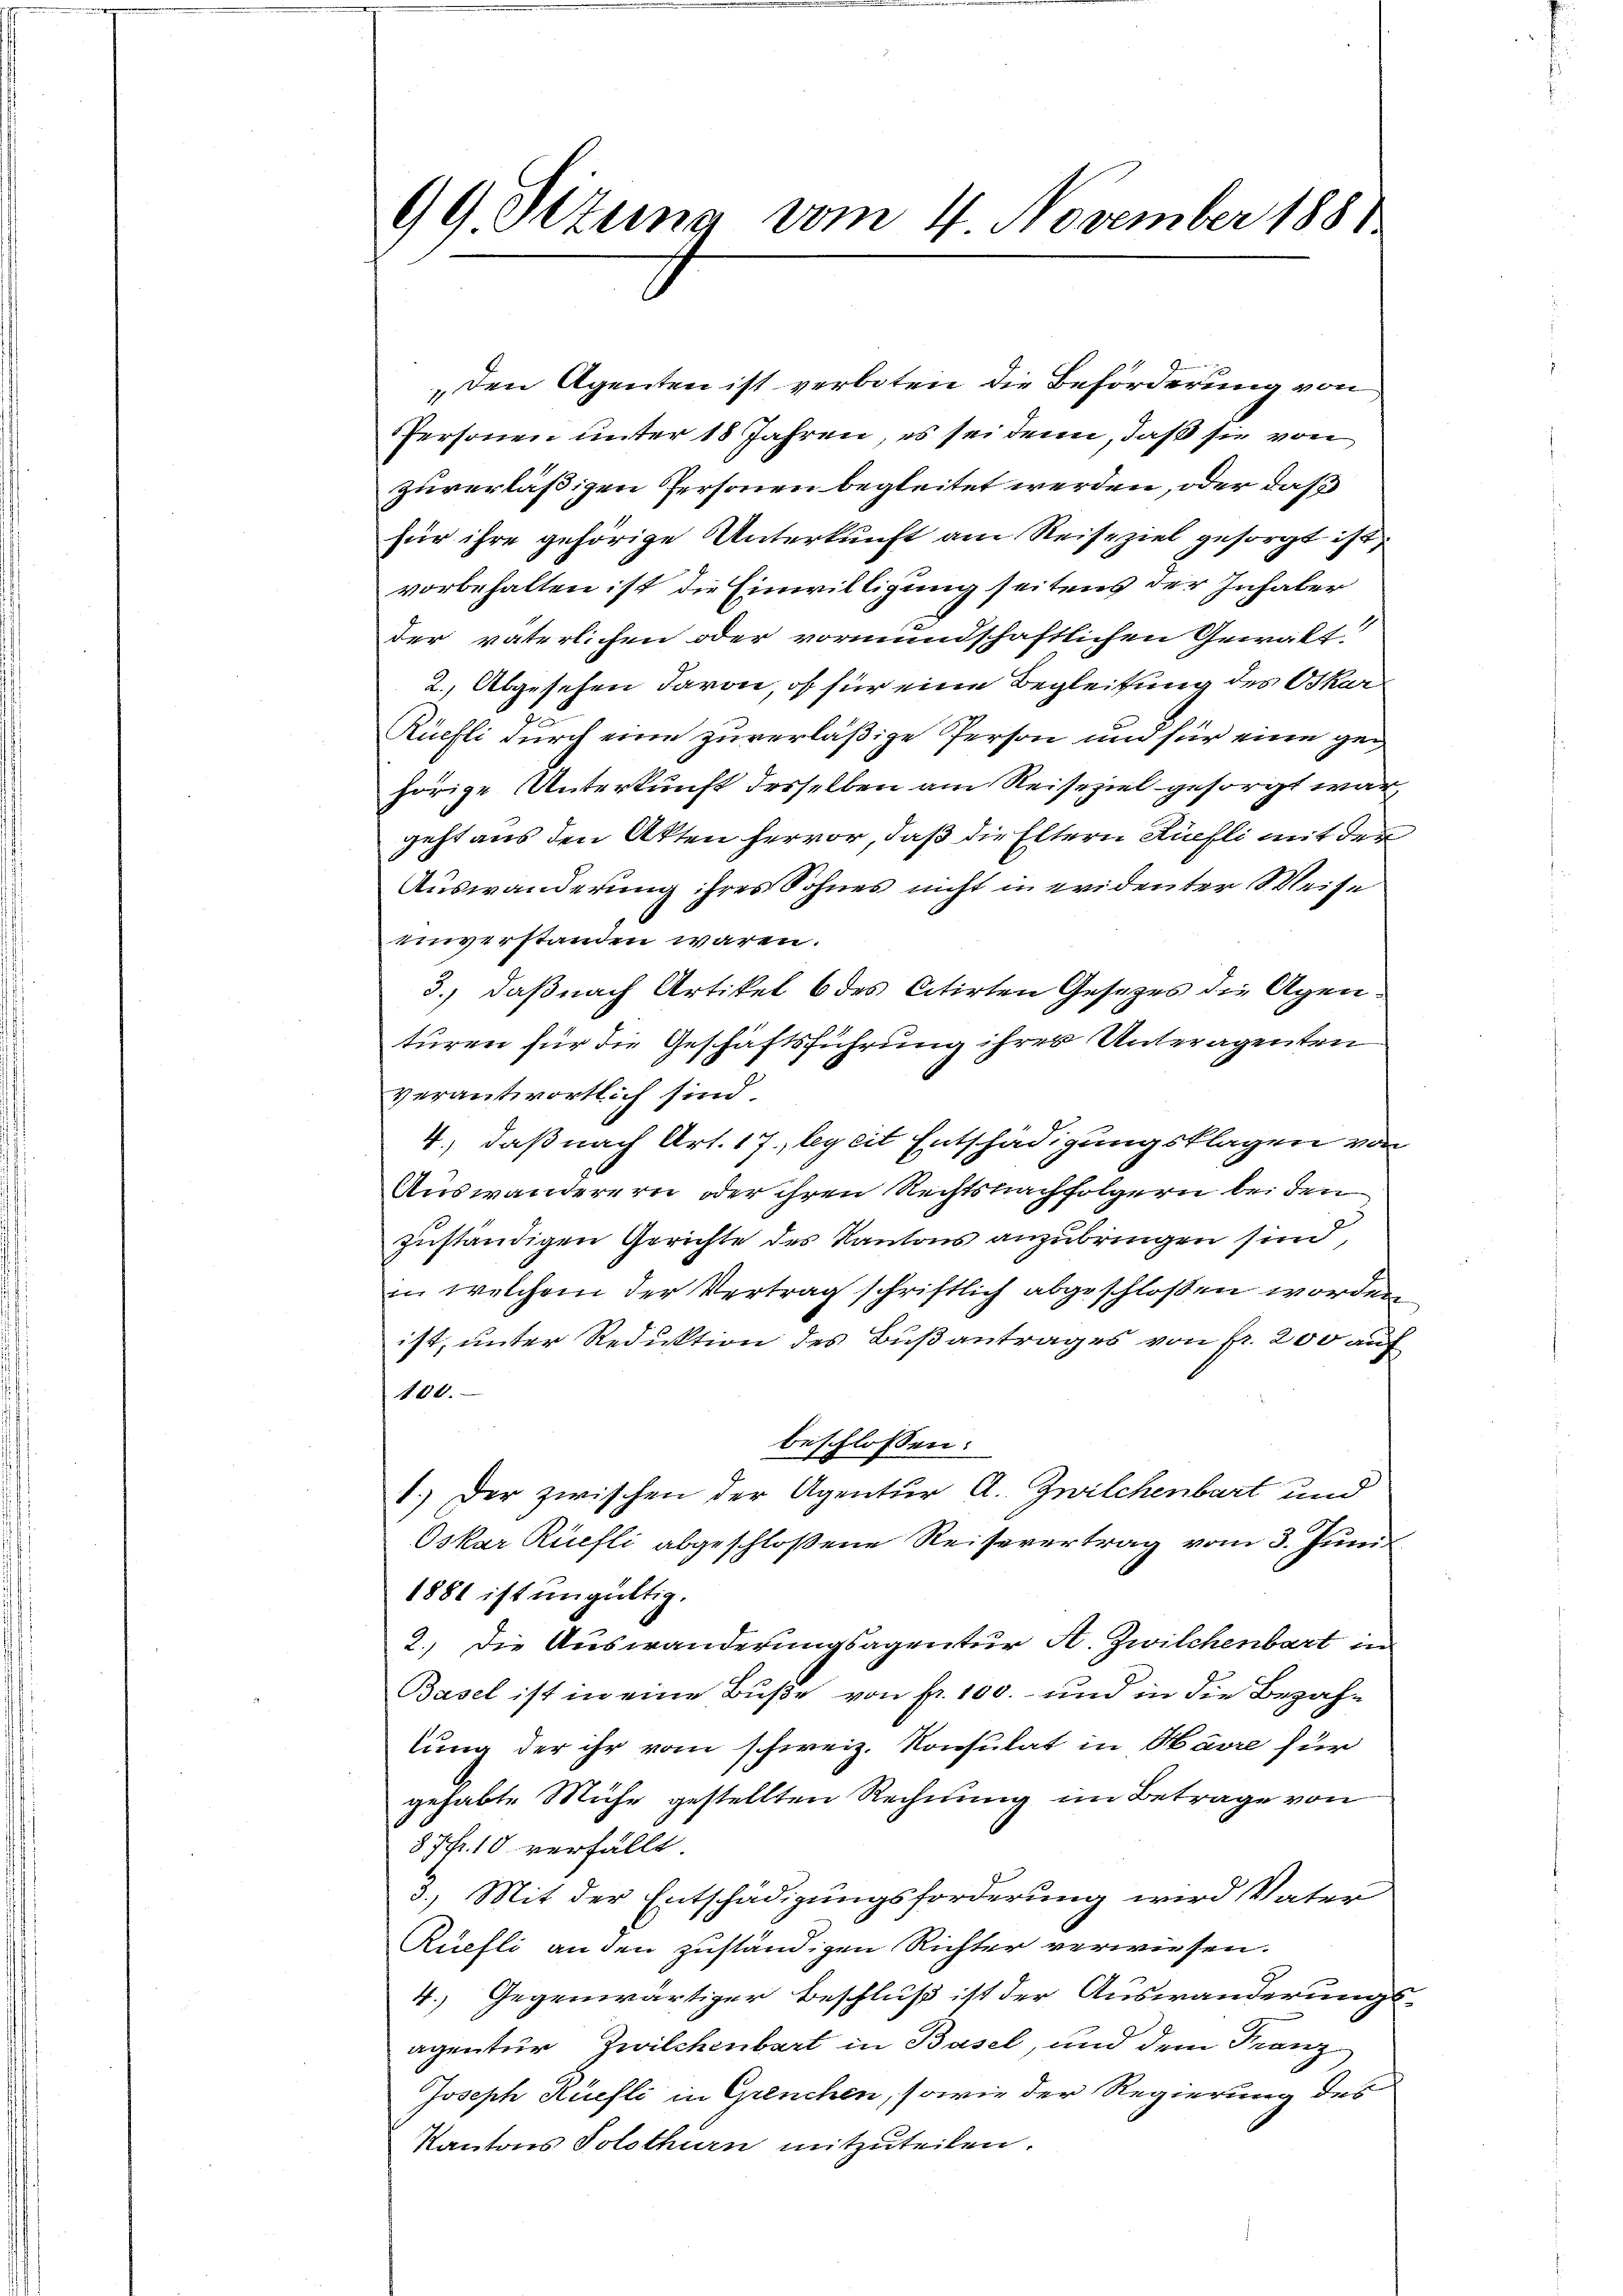
99 Sitzung vom 4 November 1881

„den Agenten ist verboten die Beförderung von
Personen unter 18 Jahren, es sei denn, daß sie von
zuverläßigen Personen begleitet werden, oder daß
für ihre gehörige Unterkunft am Reiseziel gesorgt ist,
vorbehalten ist die Einwilligung seitens der Inhaber
der väterlichen oder vormundschaftlichen Gewalt
2. Abgesehen davon, ob für eine Begleitung des Oskar
Rüefli durch eine zuverläßige Person und für eine gehörige Unterkunft desselben am Reiseziel gesorgt wär
geht aus den Akten hervor, daß die Eltern Kuchli mit der
Auswanderung ihres Sohnes nicht in evidenter Weise
6
einverstanden wären.
3.) daß nach Artikel 6 des citirten Gesezes die Agenturen für die Geschäftsführung ihrer Unteragenten
verantwortlich sind.
4.) daß nach Art. 17. begeit Entschädigungsklagen von
Auswanderern oder ihren Rechtsnachfolgern bei den
zuständigen Gerichte des Kantons anzubringen sind,
in welchem der Vertrag schriftlich abgeschlossen worden
ist, unter Reduktion des Bußantrages von fr. 200 auf
100.
beschlossen:
1.) Der zwischen der Agentur A. Zwilchenbart und
Oskar Rüefli abgeschloßene Reisevertrag vom 3. Juni
1881 ist ungültig.
2.) Die Auswanderungsagentur A. Zwilchenbart in
Basel ist in eine Buße von fr. 100. und in die Bezahlung der ihr vom schweiz. Konsulat in Harre für
gehabte Mühe gestellten Rechnung im Betrage von
37fr. 10 verfällt
3.) Mit der Entschädigungsforderung wird Vater
Ruefli an den zuständigen Richter verwiesen.
4.) Gegenwärtiger Beschluß ist der Auswanderungs-
agentur Zwilchenbart in Basel, und dem Franz
Joseph Kiefli in Grenchen, sowie der Regierung des
Kantons Solothurn mitzuteilen.